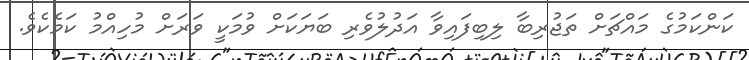
ކަންކަމުގެ މައްޗަށް ތަޖުރިބާ ލިބިފައިވާ އަދުލުވެރި ބަޔަކަށް ވުމަކީ ވަރަށް މުހިއްމު ކަމެކެވެ.